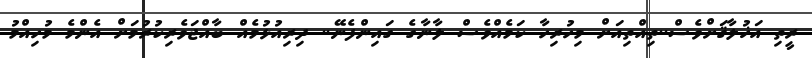
ރީތި އަޚުލާޤަށްވެސް..ތިއްތިއަށް މިހުރިހާ ކަމެއްވެސް ލާނާގެ ގައިންފެނޭ.. ދިރިއުޅުމެއް ބާއްޖަވެރިކުރުމަށް އެންމެ މުހިއްމު